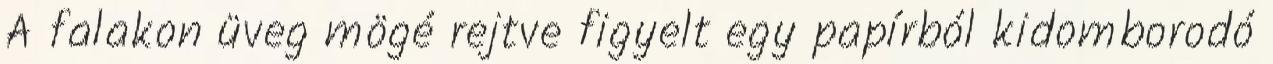
A falakon üveg mögé rejtve figyelt egy papírból kidomborodó